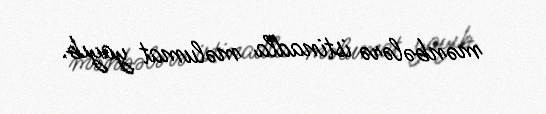
mənbələrə istinadla məlumat yayıb.